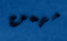
مهمن